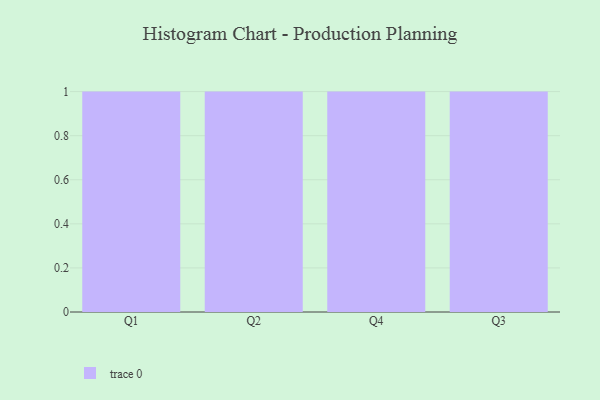
{"axis": {"x": "Quarter", "y": "Net Income (USD K)"}, "legend": [""], "data": [{"x": "Q1", "y": 26, "type": ""}, {"x": "Q2", "y": 70, "type": ""}, {"x": "Q4", "y": 24, "type": ""}, {"x": "Q3", "y": 91, "type": ""}]}